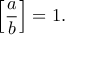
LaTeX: \left[ { \frac { a } { b } } \right] = 1 .